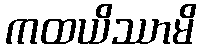
ကထယိဿာမိ